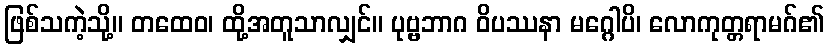
ဖြစ်သကဲ့သို့။ တထေဝ၊ ထို့အတူသာလျှင်။ ပုဗ္ဗဘာဂ ဝိပဿနာ မဂ္ဂေါပိ၊ လောကုတ္တရာမဂ်၏